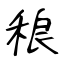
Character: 稂